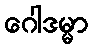
ဂေါဒမ္မာ